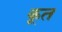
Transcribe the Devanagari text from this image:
कूत